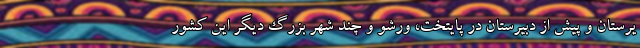
یرستان و پیش از دبیرستان در پایتخت، ورشو و چند شهر بزرگ دیگر این کشور